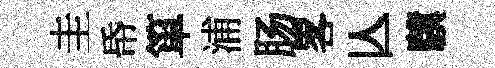
圭帋箪浦肠畧亾驥